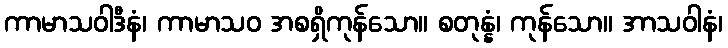
ကာမာသဝါဒီနံ၊ ကာမာသဝ အစရှိကုန်သော။ စတုန္နံ၊ ကုန်သော။ အာသဝါနံ၊